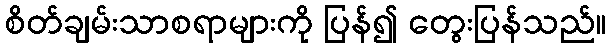
စိတ်ချမ်းသာစရာများကို ပြန်၍ တွေးပြန်သည်။